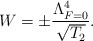
\begin{align*} W=\pm \frac{\Lambda^4_{F=0}}{\sqrt{T_2}}.\end{align*}